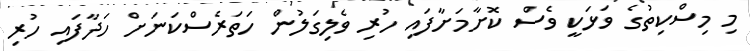
މި މިސްކިތުގެ ވަޅަކީ ވެސް ކޮށާމަށާފައި ހުރި ވެލިގަލުން ހަތަރެސްކަނަށް ހަދާފައި ހުރި